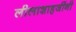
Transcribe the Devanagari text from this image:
लीलाशाहजींनी